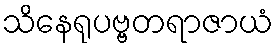
သိနေရုပဗ္ဗတရာဇာယံ